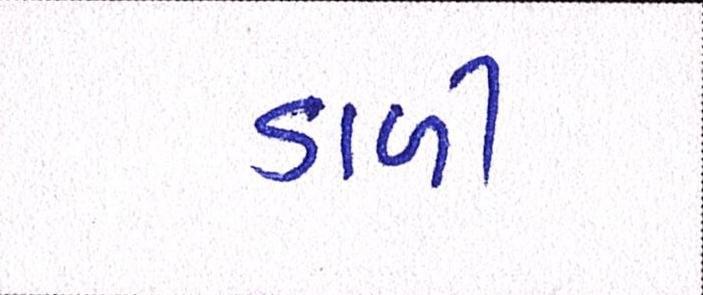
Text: ડાળી